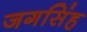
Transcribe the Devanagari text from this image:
जगसिंह